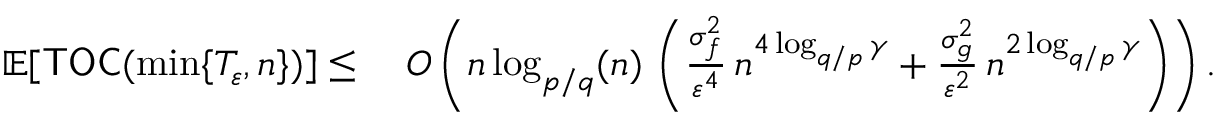
\begin{array} { r l } { \mathbb { E } [ \mathsf { T O C } ( \operatorname* { m i n } \{ T _ { \varepsilon } , n \} ) ] \leq \; } & { { \cal O } \left( n \log _ { p / q } ( n ) \, \left( \frac { \sigma _ { f } ^ { 2 } } { \varepsilon ^ { 4 } } \, n ^ { 4 \log _ { q / p } \gamma } + \frac { \sigma _ { g } ^ { 2 } } { \varepsilon ^ { 2 } } \, n ^ { 2 \log _ { q / p } \gamma } \right) \right) . } \end{array}